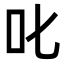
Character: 叱